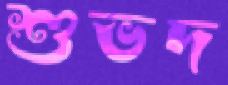
শুভদ